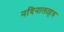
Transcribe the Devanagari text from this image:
नदिनालाहरु